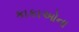
કાકાઓના